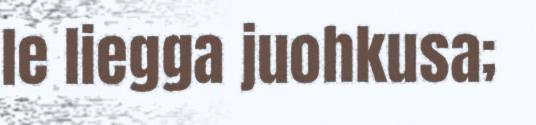
le liegga juohkusa;